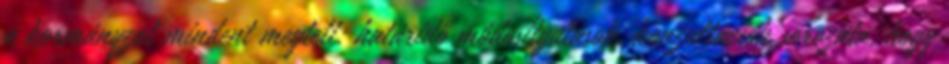
a kormányzat mindent megtett: határidő módosítgatások, konzultációk sorozata, hogy